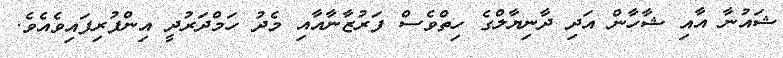
ޝައުނާ އާއި ޝާހާން އަދި ދާނިޔާލްގެ ހިތްވެސް ފަރުޒާނާއާއި މެދު ހަމްދަރުދީ އިންފުރިފައިވެއެވެ.